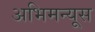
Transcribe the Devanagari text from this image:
अभिमन्यूस